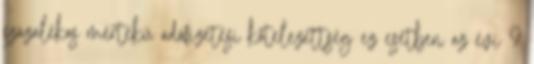
százalékos mértékű adófizetési kötelezettség ez esetben az évi 9